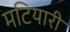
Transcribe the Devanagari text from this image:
मटियारी